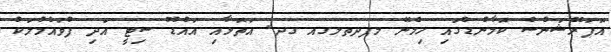
އޮޕަރޭޝަންސް ކޮމާންޑްގައި ހިމެނޭ މފދތލގއ ގދ. އަތޮޅާއި އައްޑޫ ސިޓީ އަދި ފުވައްމުލަކު